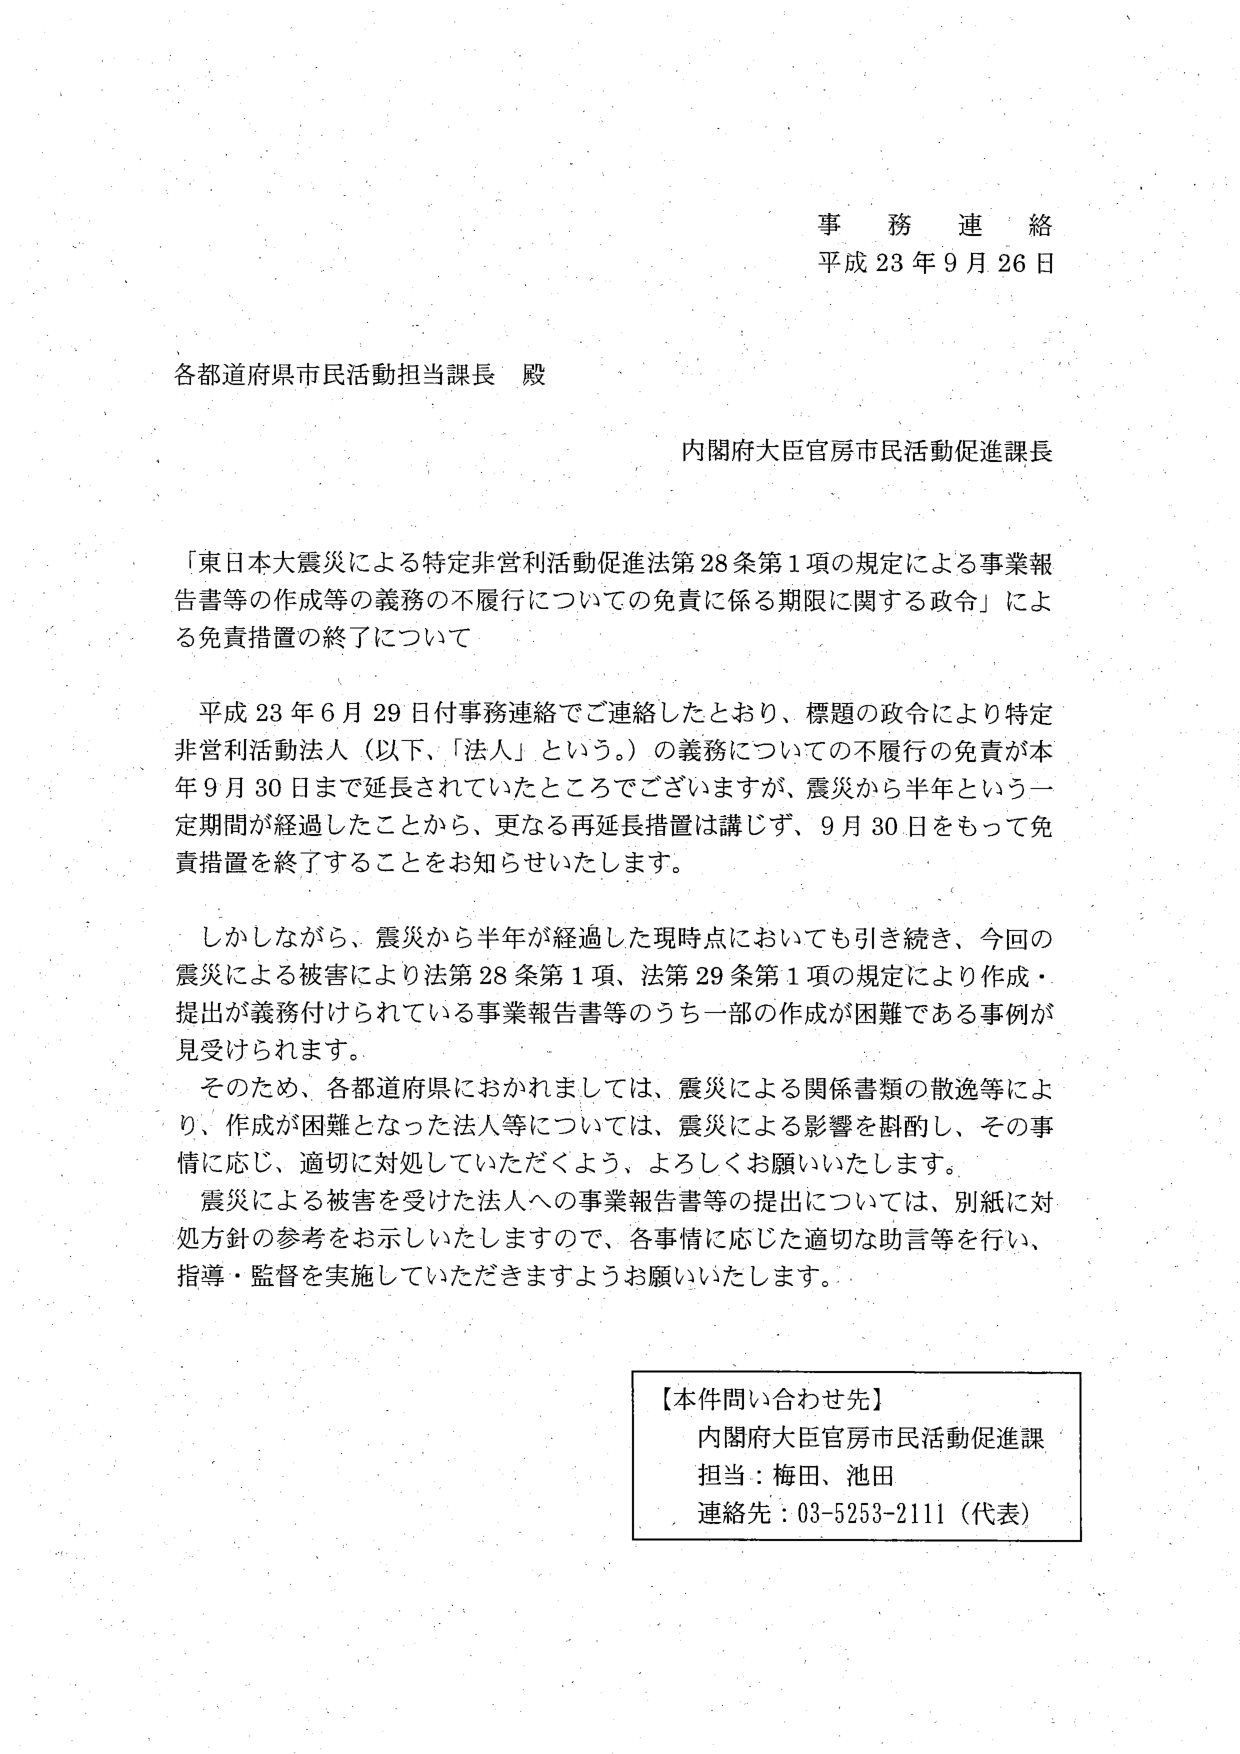
事務連絡
平成23年9月26日

各都道府県市民活動担当課長 殿

内閣府大臣官房市民活動促進課長

「東日本大震災による特定非営利活動促進法第28条第1項の規定による事業報告書等の作成等の義務の不履行についての免責に係る期限に関する政令」による免責措置の終了について

平成23年6月29日付事務連絡でご連絡したとおり、標題の政令により特定非営利活動法人（以下、「法人」という。）の義務についての不履行の免責が本年9月30日まで延長されていたところでございますが、震災から半年という一定期間が経過したことから、更なる再延長措置は講じず、9月30日をもって免責措置を終了することをお知らせいたします。

しかしながら、震災から半年が経過した現時点においても引き続き、今回の震災による被害により法第28条第1項、法第29条第1項の規定により作成・提出が義務付けられている事業報告書等のうち一部の作成が困難である事例が見受けられます。

そのため、各都道府県におかれましては、震災による関係書類の散逸等により、作成が困難となった法人等については、震災による影響を斟酌し、その事情に応じ、適切に対処していただくよう、よろしくお願いいたします。

震災による被害を受けた法人への事業報告書等の提出については、別紙に対処方針の参考をお示しいたしますので、各事情に応じた適切な助言等を行い、指導・監督を実施していただきますようお願いいたします。

【本件問い合わせ先】
内閣府大臣官房市民活動促進課
担当：梅田、池田
連絡先：03-5253-2111（代表）